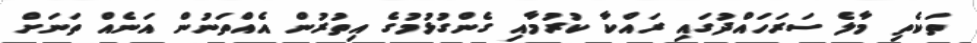
ތަކެތި މާލެ ސަރަހައްދުގައި ރައްކާ ކުރުމާއި ގެންގުޅުމުގެ އިތުރުން އެއްތަނުން އަނެއް ތަނަށް